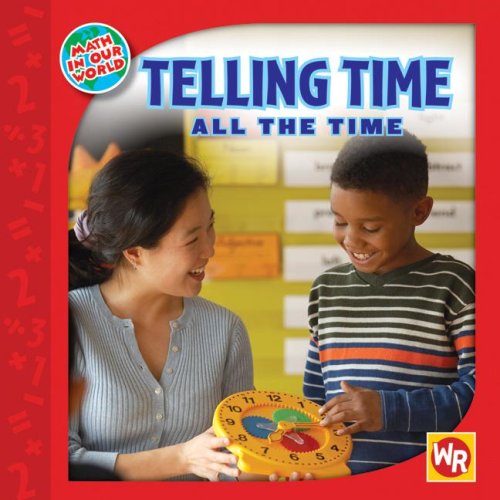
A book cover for Telling Time All the Time (Math in Our World: Level 2); Jean Sharp; Science & Math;